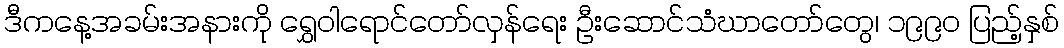
ဒီကနေ့အခမ်းအနားကို ရွှေဝါရောင်တော်လှန်ရေး ဦးဆောင်သံဃာတော်တွေ၊ ၁၉၉၀ ပြည့်နှစ်